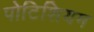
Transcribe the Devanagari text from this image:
पोटिशियम